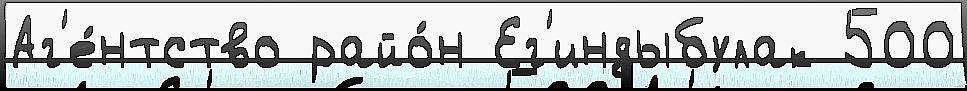
Аг'е́нтство райо́н Ег'индыбулак 500